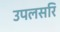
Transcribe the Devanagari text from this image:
उपलसरि